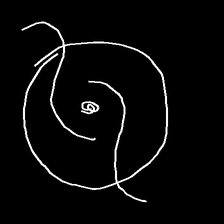
Glyph: repetition